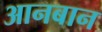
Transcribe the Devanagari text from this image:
आनबान